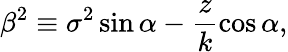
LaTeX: \beta^{2}\equiv\sigma^{2}\sin\alpha-\frac{z}{k}\cos\alpha,